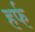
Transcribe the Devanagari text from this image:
हर्फ